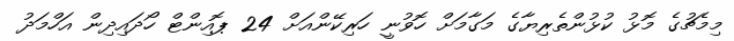
މިމެޗުގެ މޮޅު ކުޅުންތެރިޔާގެ މަގާމަށް ހޮވުނީ ހަރިކޭންއަށް 24 ޕޮއިންޓް ހޯދައިދިން އަހްމަދު